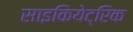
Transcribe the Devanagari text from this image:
साइकियेट्रिक